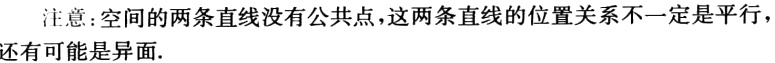
注意：空间的两条直线没有公共点，这两条直线的位置关系不一定是平行，还有可能是异面.